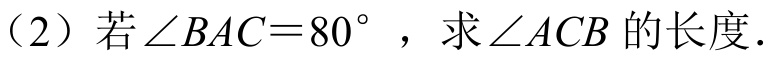
（2）若\(\angle BAC = 80^{\circ}\)，求\(\angle ACB\) 的长度.